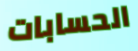
الحسابات